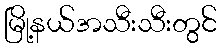
မြို့နယ်အသီးသီးတွင်